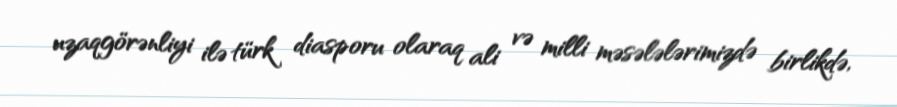
uzaqgörənliyi ilə türk diasporu olaraq ali və milli məsələlərimizdə birlikdə,